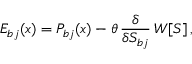
{ \cal E } _ { b j } ( x ) = P _ { b j } ( x ) - \theta \, \frac { \delta } { \delta S _ { b j } } \, W [ S ] \, ,